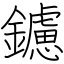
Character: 鑢